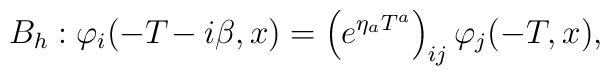
B_h : \varphi_i(-T\!-i\beta,x)=\left(e^{\eta_a T^a}\right)_{ij}\varphi_j(-T,x) ,